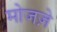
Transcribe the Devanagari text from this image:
मोजज़े